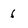
Character: 6